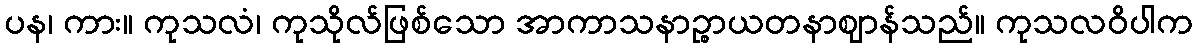
ပန၊ ကား။ ကုသလံ၊ ကုသိုလ်ဖြစ်သော အာကာသနာဉ္စာယတနာဈာန်သည်။ ကုသလဝိပါက